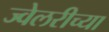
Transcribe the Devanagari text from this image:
ज्वेलरीच्या